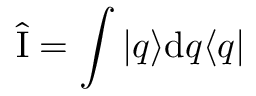
\hat { \mathrm { I } } = \int | q \rangle \mathrm { d } q \langle q |